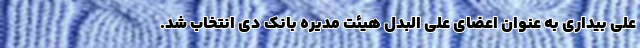
علی بیداری به عنوان اعضای علی البدل هیئت مدیره بانک دی انتخاب شد.